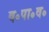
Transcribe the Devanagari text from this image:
व॰पा॰व॰